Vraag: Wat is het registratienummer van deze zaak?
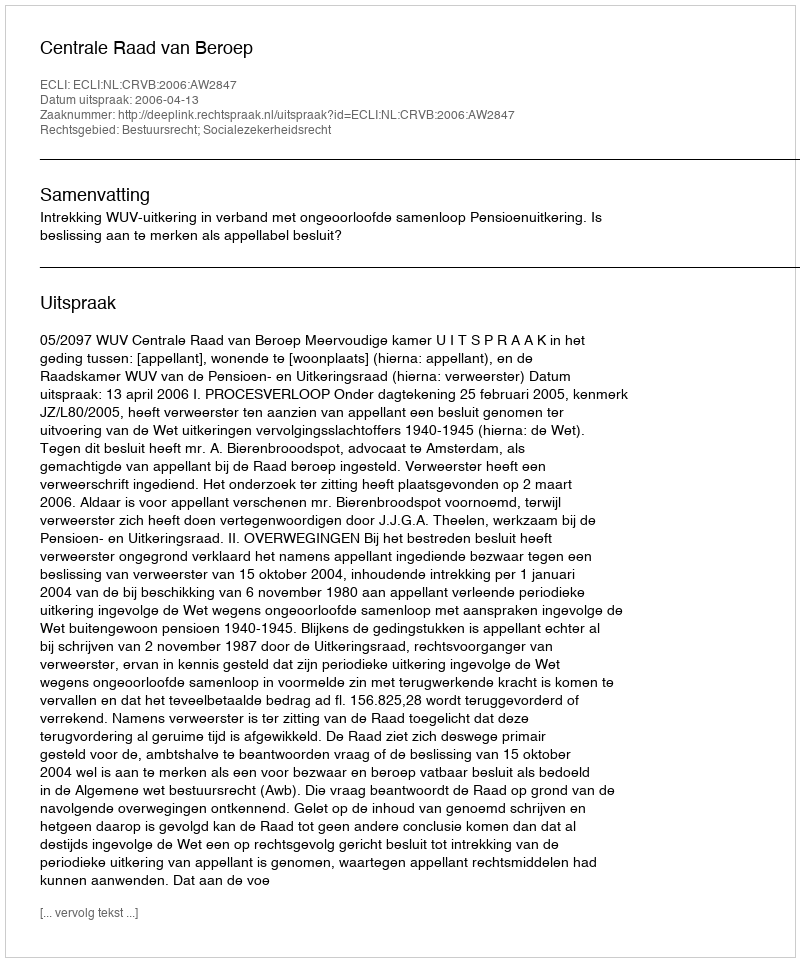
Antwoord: http://deeplink.rechtspraak.nl/uitspraak?id=ECLI:NL:CRVB:2006:AW2847